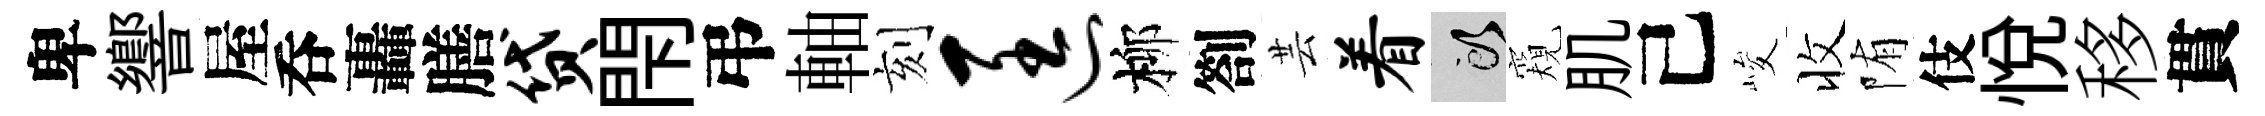
卑響屋呑轟膳贷閇弔軸刻匡柳劄芸着頭窺肌己峻收陏伎悦移貫